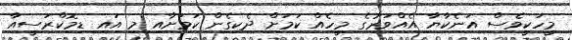
މީހަކީވެސް އަނެކާޔާ އެއްވަރުގެ މީހެއް ކަމަށް ދެކިގެން ކަމަށާއި މި އައި ޑިމޮކްރަސީއާ